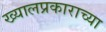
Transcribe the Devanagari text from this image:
ख्यालप्रकाराच्या